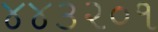
૪૪૩૨૦૧